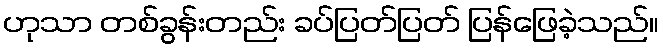
ဟုသာ တစ်ခွန်းတည်း ခပ်ပြတ်ပြတ် ပြန်ဖြေခဲ့သည်။